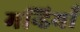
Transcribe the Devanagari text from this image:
मन्डियाँ